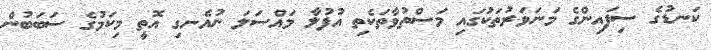
ކަނޑުގެ ސިފައިންގެ މަނަވަރުތަކުގައި މަސްތުވާތަކެތި އުފުލާ މައްސަލަ ނުއެނގި އޮތީ މިކަމުގެ ސަބަބުން